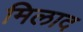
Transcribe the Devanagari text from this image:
मिलाद